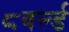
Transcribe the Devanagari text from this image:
८वर्ल्ड